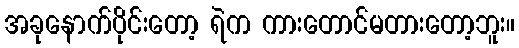
အခုနောက်ပိုင်းတော့ ရဲက ကားတောင်မတားတော့ဘူး။